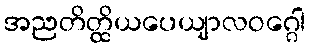
အညတိတ္ထိယပေယျာလဝဂ္ဂေါ